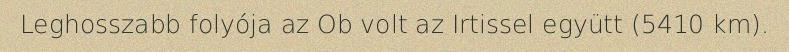
Leghosszabb folyója az Ob volt az Irtissel együtt (5410 km).